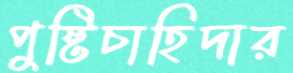
পুষ্টিচাহিদার